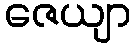
ဇေယျာ